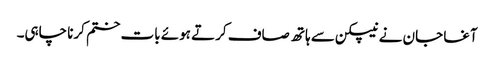
آغا جان نے نیپکن سے ہاتھ صاف کرتے ہوئے بات ختم کرنا چاہی۔